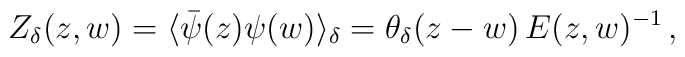
Z_{\delta}(z,w)=\langle\bar{\psi}(z)\psi(w) \rangle_{\delta}=\theta_{\delta}(z-w)\,E(z,w)^{-1}\, ,